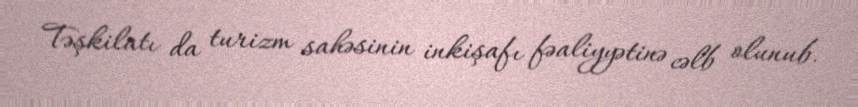
Təşkilatı da turizm sahəsinin inkişafı fəaliyyətinə cəlb olunub.